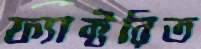
ফ্যাক্টরিত